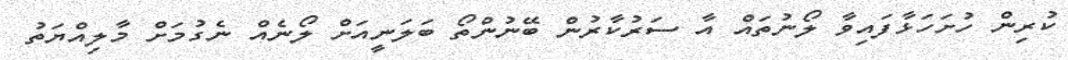
ކުރިން ހުށަހަޅާފައިވާ ލޯނުތައް އާ ސަރުކާރުން ބޭނުންތޯ ބަލަނީއަށް ލޯނެއް ނެގުމަށް މާލިއްޔަތު